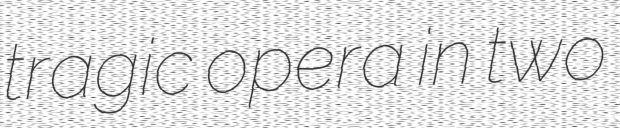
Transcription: tragic opera in two